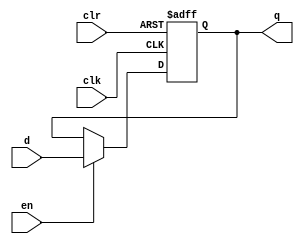
module dffe_ref (q, d, clk, en, clr);

   //Inputs
   input d, clk, en, clr;
   
   //Internal wire
   wire clr;

   //Output
   output q;
   
   //Register
   reg q;

   //Intialize q to 0
   initial
   begin
       q = 1'b0;
   end

   //Set value of q on positive edge of the clock or clear
   always @(posedge clk or posedge clr) begin
       //If clear is high, set q to 0
       if (clr) begin
           q <= 1'b0;
       //If enable is high, set q to the value of d
       end else if (en) begin
           q <= d;
       end
   end
endmodule

module register_module(q, d, clk, en, clr);
    input [31:0] d;
    output [31:0] q;
    input clk, en, clr;

    dffe_ref dffe_ref_0(q[0], d[0], clk, en, clr);
    dffe_ref dffe_ref_1(q[1], d[1], clk, en, clr);
    dffe_ref dffe_ref_2(q[2], d[2], clk, en, clr);
    dffe_ref dffe_ref_3(q[3], d[3], clk, en, clr);
    dffe_ref dffe_ref_4(q[4], d[4], clk, en, clr);
    dffe_ref dffe_ref_5(q[5], d[5], clk, en, clr);
    dffe_ref dffe_ref_6(q[6], d[6], clk, en, clr);
    dffe_ref dffe_ref_7(q[7], d[7], clk, en, clr);
    dffe_ref dffe_ref_8(q[8], d[8], clk, en, clr);
    dffe_ref dffe_ref_9(q[9], d[9], clk, en, clr);
    dffe_ref dffe_ref_10(q[10], d[10], clk, en, clr);
    dffe_ref dffe_ref_11(q[11], d[11], clk, en, clr);
    dffe_ref dffe_ref_12(q[12], d[12], clk, en, clr);
    dffe_ref dffe_ref_13(q[13], d[13], clk, en, clr);
    dffe_ref dffe_ref_14(q[14], d[14], clk, en, clr);
    dffe_ref dffe_ref_15(q[15], d[15], clk, en, clr);
    dffe_ref dffe_ref_16(q[16], d[16], clk, en, clr);
    dffe_ref dffe_ref_17(q[17], d[17], clk, en, clr);
    dffe_ref dffe_ref_18(q[18], d[18], clk, en, clr);
    dffe_ref dffe_ref_19(q[19], d[19], clk, en, clr);
    dffe_ref dffe_ref_20(q[20], d[20], clk, en, clr);
    dffe_ref dffe_ref_21(q[21], d[21], clk, en, clr);
    dffe_ref dffe_ref_22(q[22], d[22], clk, en, clr);
    dffe_ref dffe_ref_23(q[23], d[23], clk, en, clr);
    dffe_ref dffe_ref_24(q[24], d[24], clk, en, clr);
    dffe_ref dffe_ref_25(q[25], d[25], clk, en, clr);
    dffe_ref dffe_ref_26(q[26], d[26], clk, en, clr);
    dffe_ref dffe_ref_27(q[27], d[27], clk, en, clr);
    dffe_ref dffe_ref_28(q[28], d[28], clk, en, clr);
    dffe_ref dffe_ref_29(q[29], d[29], clk, en, clr);
    dffe_ref dffe_ref_30(q[30], d[30], clk, en, clr);
    dffe_ref dffe_ref_31(q[31], d[31], clk, en, clr);

endmodule


module register_moduleZero(q, d, clk, en, clr);
    input [31:0] d;
    output [31:0] q;
    input clk, en, clr;

    assign q = 32'b0;

endmodule